Annual report on the working of the lock hospitals in the Central Provinces
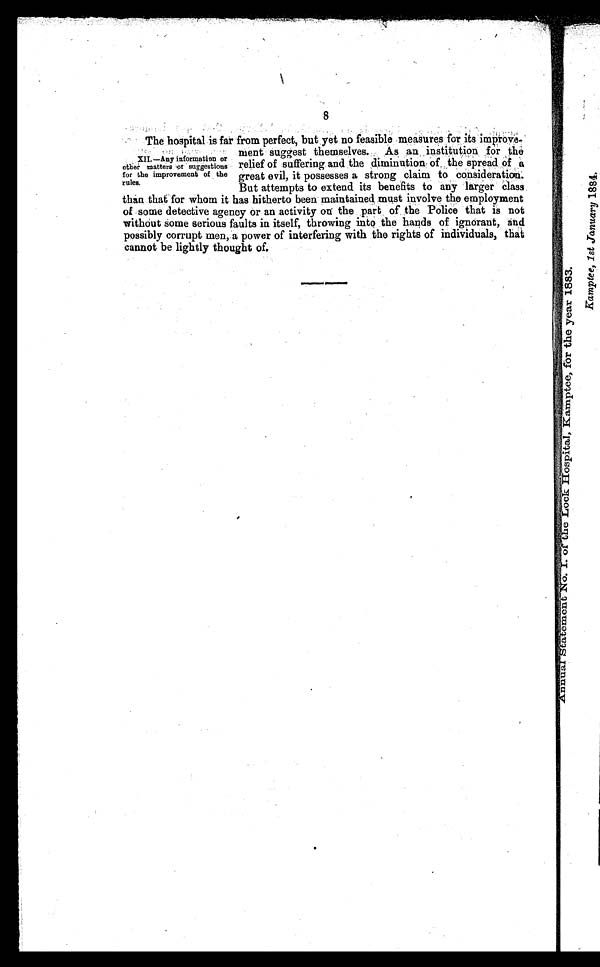
8
The hospital is far from perfect, but yet no feasible measures for its improve
ment suggest themselves. As an institution for the
relief of suffering and the diminution of the spread of a
great evil, it possesses a strong claim to consideration.
But attempts to extend its benefits to any larger class
than that for whom it has hitherto been maintained must involve the employment
of some detective agency or an activity on the part of the Police that is not
without some serious faults in itself, throwing into the hands of ignorant, and
possibly corrupt men, a power of interfering with the rights of individuals, that
cannot be lightly thought of.
XII.—Any information or
other matters of suggestions
for the improvement of the
rules.